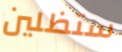
ستظلين